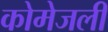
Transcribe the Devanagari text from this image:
कोमेजली